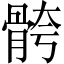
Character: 骻